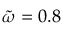
\tilde { \omega } = 0 . 8